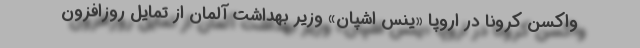
واکسن کرونا در اروپا «ینس اشپان» وزیر بهداشت آلمان از تمایل روزافزون